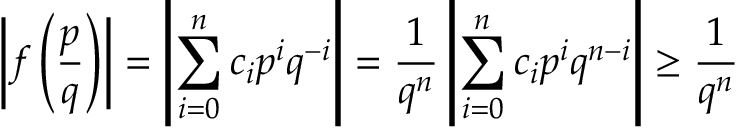
\left| f \left( { \frac { p } { q } } \right) \right| = \left| \sum _ { i = 0 } ^ { n } c _ { i } p ^ { i } q ^ { - i } \right| = { \frac { 1 } { q ^ { n } } } \left| \sum _ { i = 0 } ^ { n } c _ { i } p ^ { i } q ^ { n - i } \right| \geq { \frac { 1 } { q ^ { n } } }